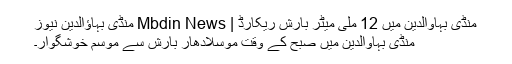
منڈی بہاوالدین میں 12 ملی میٹر بارش ریکارڈ | Mbdin News منڈی بہاؤالدین نیوز
منڈی بہاوالدین میں صبح کے وقت موسلادھار بارش سے موسم خوشگوار۔